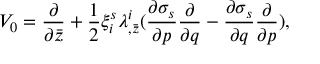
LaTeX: V _ { 0 } = { \frac { \partial } { \partial \bar { z } } } + { \frac { 1 } { 2 } } \xi _ { i } ^ { s } \lambda _ { , \bar { z } } ^ { i } ( { \frac { \partial \sigma _ { s } } { \partial p } } { \frac { \partial } { \partial q } } - { \frac { \partial \sigma _ { s } } { \partial q } } { \frac { \partial } { \partial p } } ) ,